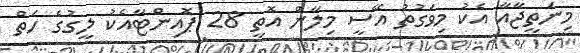
މިނަތީޖާއާ އެކު މިވަގުތު އޭސީ މިލާން އޮތީ 28 ޕޮއިންޓާއެކު ލީގުގެ ހަތް